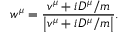
w ^ { \mu } = { \frac { v ^ { \mu } + i D ^ { \mu } / m } { \left| v ^ { \mu } + i D ^ { \mu } / m \right| } } .